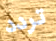
تردد